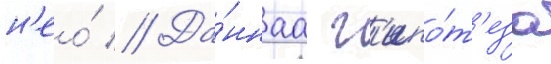
н'ео́ // Да́ннаа г'ипо́т'еза